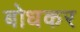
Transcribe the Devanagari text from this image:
बोधकर